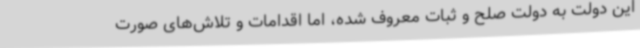
این دولت به دولت صلح و ثبات معروف شده، اما اقدامات و تلاش‌های صورت